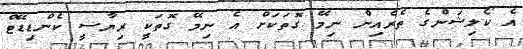
އެ ކޯލިޝަންގެ ތެރެއިން ނިމޭ ގޮތަކަށް އެ ނިމޭ ގޮތަކީ ރިޔާސީ ކެންޑިޑޭޓް